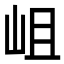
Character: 岨